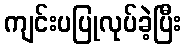
ကျင်းပပြုလုပ်ခဲ့ပြီး